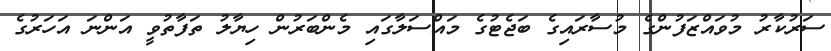
ސަރުކާރު މުވައްޒަފުންގެ މުސާރައިގެ ބަޖެޓުގެ މައްސަލާގައި މެންބަރުން ހިޔާލު ތަފާތުވީ އަންނަ އަހަރުގެ